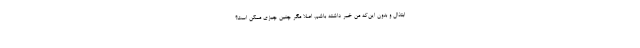
ابتذال و بدون این‌که من خبر داشته باشم. اصلا مگر چنین چیزی ممکن است؟